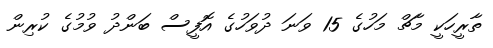
ތާރީހަކީ މާޗް މަހުގެ 15 ވަނަ ދުވަހުގެ އޮފީސް ބަންދު ވުމުގެ ކުރިން